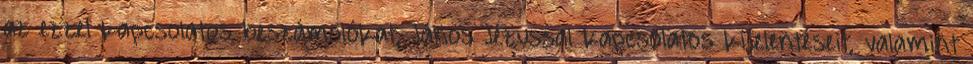
az ezzel kapcsolatos beszámolókat, János Jézussal kapcsolatos kijelentéseit, valamint